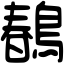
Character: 𪂹